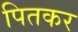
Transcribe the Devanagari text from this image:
पितकर